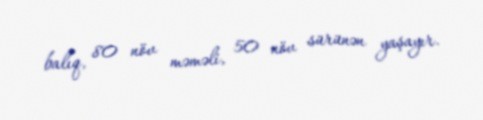
balıq, 80 növ məməli, 50 növ sürünən yaşayır.